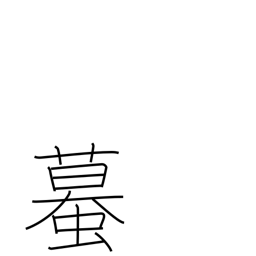
Meaning: toad